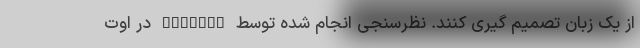
از یک زبان تصمیم گیری کنند. نظرسنجی انجام شده توسط Redmonk در اوت